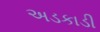
અડકાડી